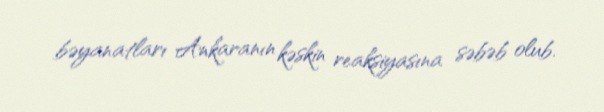
bəyanatları Ankaranın kəskin reaksiyasına səbəb olub.